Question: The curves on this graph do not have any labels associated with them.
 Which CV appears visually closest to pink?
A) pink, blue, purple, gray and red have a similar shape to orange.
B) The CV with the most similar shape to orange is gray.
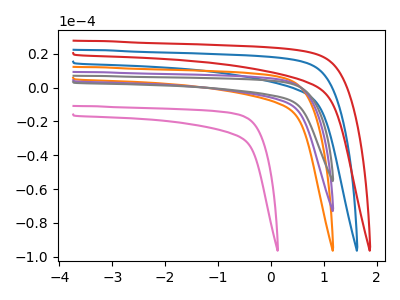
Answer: <think>The pink curve "pink" has no peaks. The blue curve "blue" has no peaks. The orange curve "orange" has no peaks. The purple curve "purple" has no peaks. The gray curve "gray" has no peaks. The red curve "red" has no peaks.
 Neither "pink" or "blue" have any peaks. Neither "pink" or "orange" have any peaks. Neither "pink" or "purple" have any peaks. Neither "pink" or "gray" have any peaks. Neither "pink" or "red" have any peaks. Neither "blue" or "orange" have any peaks. Neither "blue" or "purple" have any peaks. Neither "blue" or "gray" have any peaks. Neither "blue" or "red" have any peaks. Neither "orange" or "purple" have any peaks. Neither "orange" or "gray" have any peaks. Neither "orange" or "red" have any peaks. Neither "purple" or "gray" have any peaks. Neither "purple" or "red" have any peaks. Neither "gray" or "red" have any peaks.</think>
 <answer>A) "pink", "blue", "purple", "gray" and "red" have a similar shape to "orange".</answer>
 <eval>A</eval>